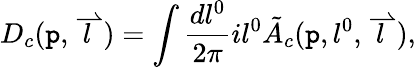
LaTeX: D_{c}(\mathtt{p},\stackrel{\rightharpoonup}{l})=\int\frac{{dl^{0}}}{{2\pi}}il^{0}\tilde{{A}}_{c}(\mathtt{p},l^{0},\stackrel{\rightharpoonup}{l}),